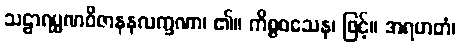
သဠာရမ္မဏဝိဇာနနလက္ခဏာ၊ ၏။ ကိစ္စဝသေန၊ ဖြင့်။ အရဟတံ၊